Trukikaitis_Postimees, lk 223
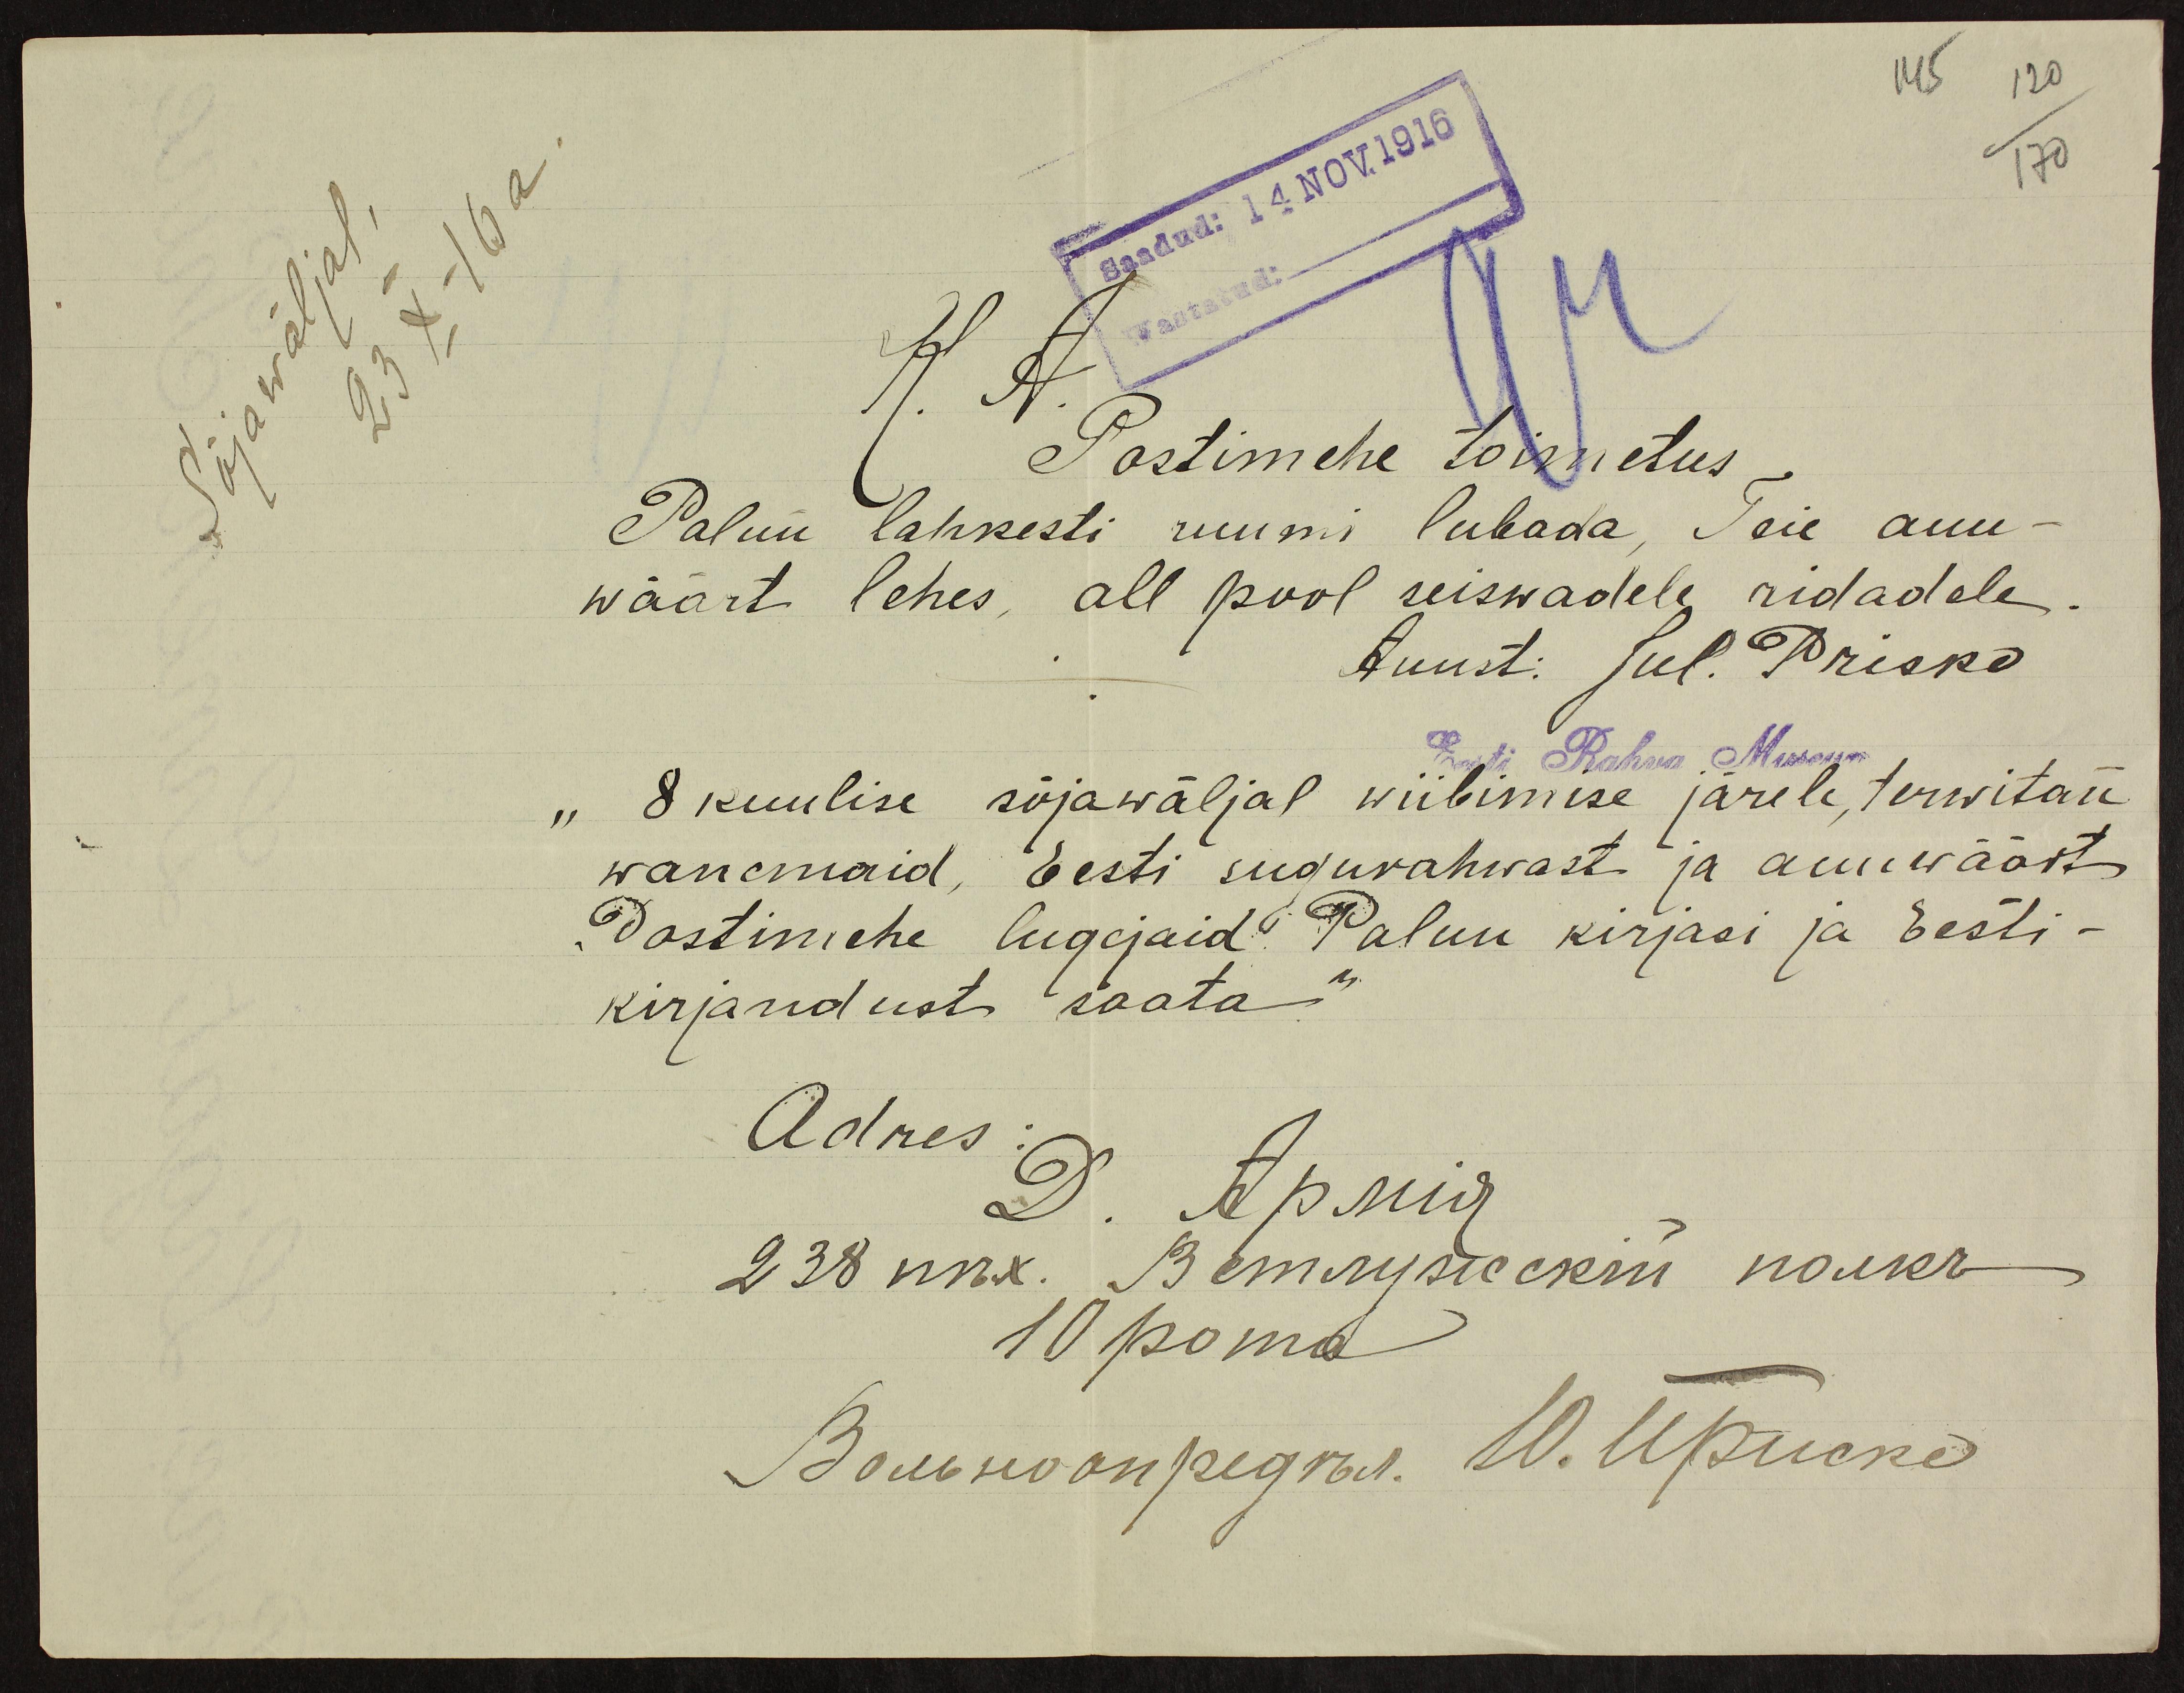
145
120/170
Sõjawäljal,
K. A.
Postimehe toimetus
23 X-16 a.
Palun lahkesti ruumi lubada, Teie auu-
wäärt lehes, all pool seiswadele ridadele.
Auust: Jul. Prisko
"8 kuulise sõjawäljal wiibimise järele, terwitan
wanemaid, Eesti sugurahwast ja auuwäärt
Postimehe lugejaid. Palun kirjasi ja Eesti-
kirjandust saata"
Adres